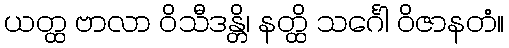
ယတ္ထ ဗာလာ ဝိသီဒန္တိ၊ နတ္ထိ သင်္ဂေါ ဝိဇာနတံ။